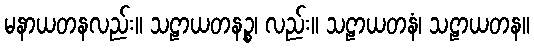
မနာယတနလည်း။ သဠာယတနဉ္စ၊ လည်း။ သဠာယတနံ၊ သဠာယတန။